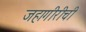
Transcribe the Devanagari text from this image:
जहागीरीची